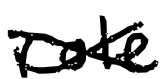
Text: role
Cross-out: cross
Writing tool: digital_black